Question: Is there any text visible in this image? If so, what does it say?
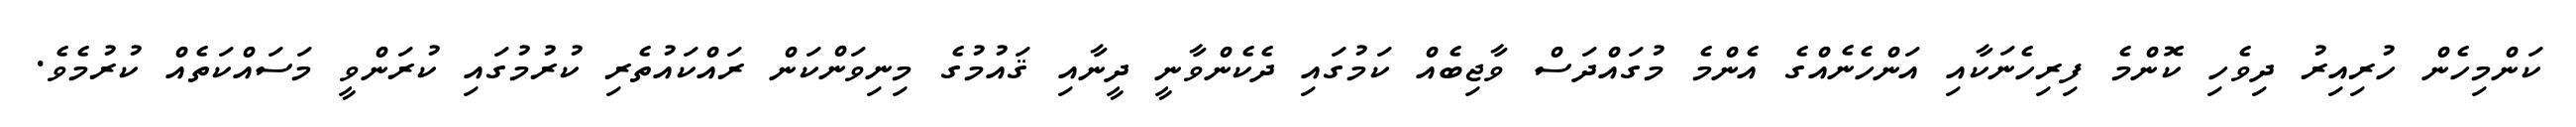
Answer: ކަންމިހެން ހުރިއިރު ދިވެހި ކޮންމެ ފިރިހެނަކާއި އަންހެނެއްގެ އެންމެ މުގައްދަސް ވާޖިބެއް ކަމުގައި ދެކެންވާނީ ދީނާއި ޤައުމުގެ މިނިވަންކަން ރައްކައުތެރި ކުރުމުގައި ކުރަންވީ މަސައްކަތެއް ކުރުމެވެ.